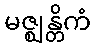
မဇ္ဈန္တိကံ